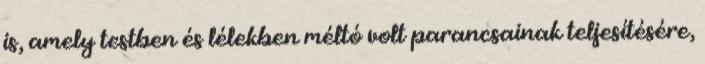
is, amely testben és lélekben méltó volt parancsainak teljesítésére,